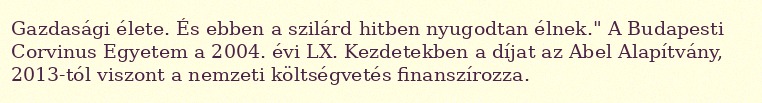
Gazdasági élete. És ebben a szilárd hitben nyugodtan élnek." A Budapesti Corvinus Egyetem a 2004. évi LX. Kezdetekben a díjat az Abel Alapítvány, 2013-tól viszont a nemzeti költségvetés finanszírozza.